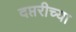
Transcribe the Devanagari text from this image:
दप्तरीच्या